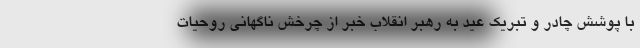
با پوشش چادر و تبریک عید به رهبر انقلاب خبر از چرخش ناگهانی روحیات